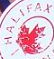
IHALIFAX